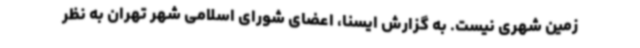
زمین شهری نیست. به گزارش ایسنا، اعضای شورای اسلامی شهر تهران به نظر